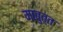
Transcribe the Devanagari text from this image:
माबुत्त